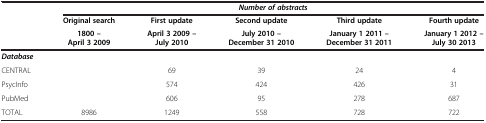
<table><thead><tr><td rowspan="3"><b> </b></td><td colspan="5"><b><i>Number of abstracts</i></b></td></tr><tr><td><b>Original search</b></td><td><b>First update</b></td><td><b>Second update</b></td><td><b>Third update</b></td><td><b>Fourth update</b></td></tr><tr><td><b>1800 – April 3 2009</b></td><td><b>April 3 2009 – July 2010</b></td><td><b>July 2010 – December 31 2010</b></td><td><b>January 1 2011 – December 31 2011</b></td><td><b>January 1 2012 – July 30 2013</b></td></tr></thead><tbody><tr><td colspan="6"><b><i>Database</i></b></td></tr><tr><td>CENTRAL</td><td> </td><td>69</td><td>39</td><td>24</td><td>4</td></tr><tr><td>PsycInfo</td><td> </td><td>574</td><td>424</td><td>426</td><td>31</td></tr><tr><td>PubMed</td><td> </td><td>606</td><td>95</td><td>278</td><td>687</td></tr><tr><td>TOTAL</td><td>8986</td><td>1249</td><td>558</td><td>728</td><td>722</td></tr></tbody></table>